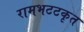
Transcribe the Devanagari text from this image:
रामभटटकृत